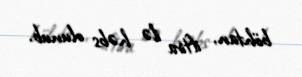
böhtan, iftira ilə həbs olunub.